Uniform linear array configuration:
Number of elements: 4
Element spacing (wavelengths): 0.5
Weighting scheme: uniform
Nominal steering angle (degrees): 30
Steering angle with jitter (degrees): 30.865
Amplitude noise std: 0.05
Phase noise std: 0.05

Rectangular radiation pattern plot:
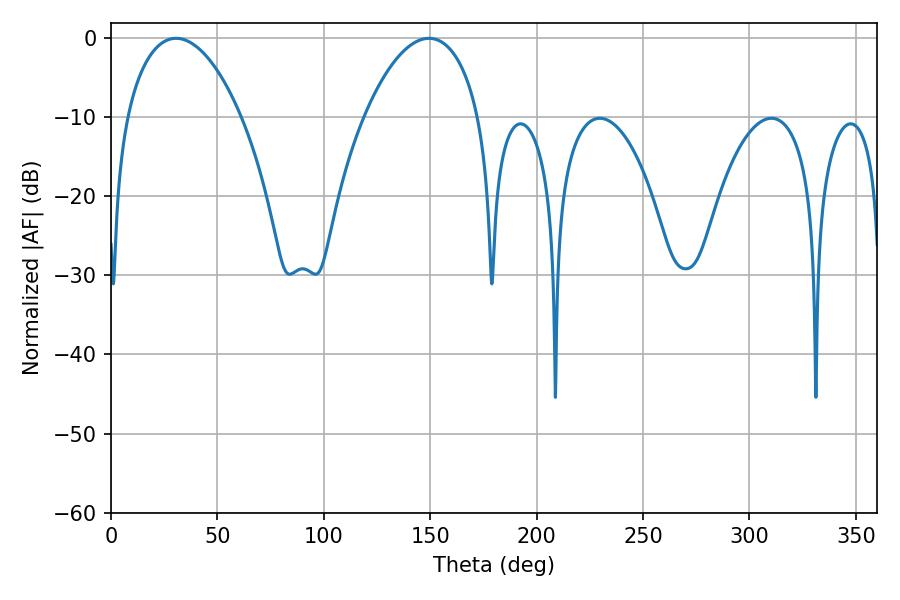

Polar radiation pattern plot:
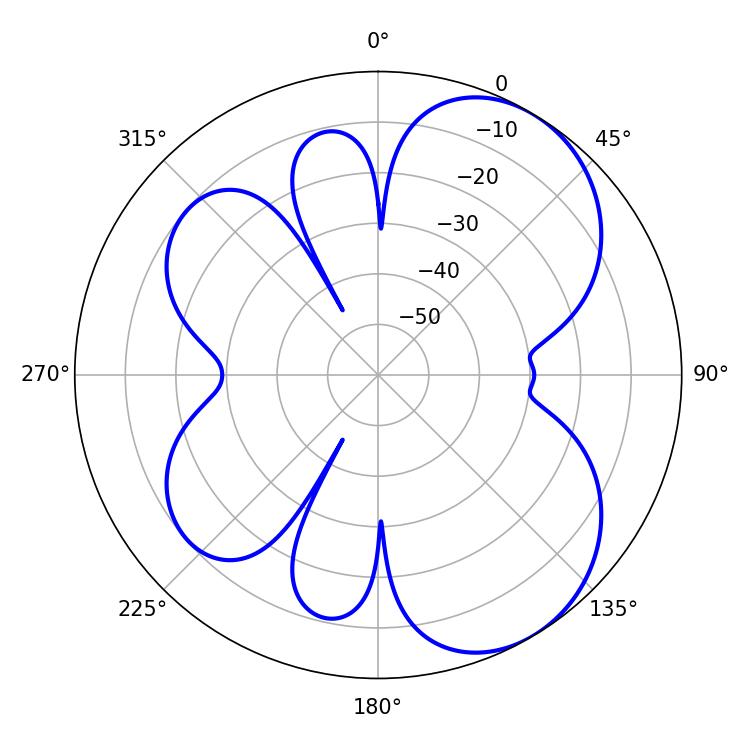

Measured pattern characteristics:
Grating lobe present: FALSE
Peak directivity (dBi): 5.89
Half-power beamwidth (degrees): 30.42
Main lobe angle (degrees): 30.6